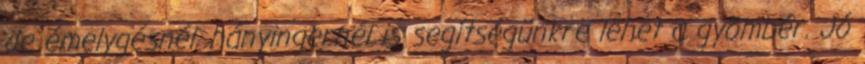
de émelygésnél, hányingernél is segítségünkre lehet a gyömbér. Jó